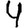
Digit: 4